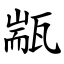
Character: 㼷